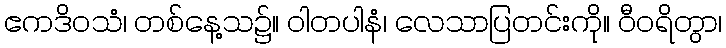
ဧကဒိဝသံ၊ တစ်နေ့သ၌။ ဝါတပါနံ၊ လေသာပြတင်းကို။ ဝီဝရိတွာ၊